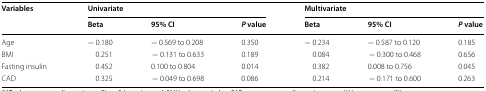
<table><thead><tr><td rowspan="2"><b>Variables</b></td><td colspan="3"><b>Univariate</b></td><td colspan="3"><b>Multivariate</b></td></tr><tr><td><b>Beta</b></td><td><b>95% CI</b></td><td><b><i>P</i> value</b></td><td><b>Beta</b></td><td><b>95% CI</b></td><td><b><i>P</i> value</b></td></tr></thead><tbody><tr><td>Age</td><td>− 0.180</td><td>− 0.569 to 0.208</td><td>0.350</td><td>− 0.234</td><td>− 0.587 to 0.120</td><td>0.185</td></tr><tr><td>BMI</td><td>0.251</td><td>− 0.131 to 0.633</td><td>0.189</td><td>0.084</td><td>− 0.300 to 0.468</td><td>0.656</td></tr><tr><td>Fasting insulin</td><td>0.452</td><td>0.100 to 0.804</td><td>0.014</td><td>0.382</td><td>0.008 to 0.756</td><td>0.045</td></tr><tr><td>CAD</td><td>0.325</td><td>− 0.049 to 0.698</td><td>0.086</td><td>0.214</td><td>− 0.171 to 0.600</td><td>0.263</td></tr></tbody></table>